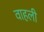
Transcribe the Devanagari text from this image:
वाहली